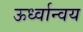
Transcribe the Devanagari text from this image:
ऊर्ध्वान्वय